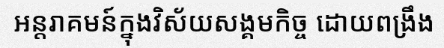
អន្តរាគមន៍ក្នុងវិស័យសង្គមកិច្ច ដោយពង្រឹង